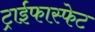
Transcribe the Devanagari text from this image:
ट्राईफास्फेट